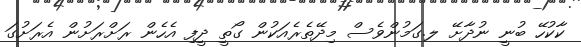
ކާކުހޭ ބުނީ ނުދާށޭ ލ.ގަމުންވެސް މިދޭތެރެއަކުން ގޯތީ ދީފި އެހެން ރަށްރަށުން އެރަށުގަ